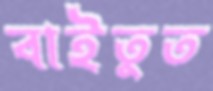
বাইতুত